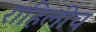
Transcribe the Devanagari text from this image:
राहिलीच